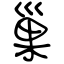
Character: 巢